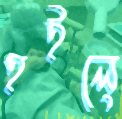
হইলে